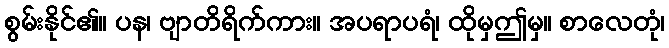
စွမ်းနိုင်၏။ ပန၊ ဗျာတိရိက်ကား။ အပရာပရံ၊ ထိုမှဤမှ။ စာလေတုံ၊